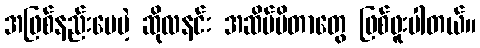
အဖြစ်နည်းပေမဲ့ ဆိုလနင်း အဆိပ်မိတာတွေ ဖြစ်ဖူးပါတယ်။